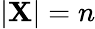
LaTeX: |\mathbf{X}|=n